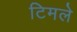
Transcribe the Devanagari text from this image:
टिमले